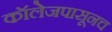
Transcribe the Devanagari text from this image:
कॉलेजपासूनच